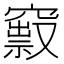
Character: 𥨒